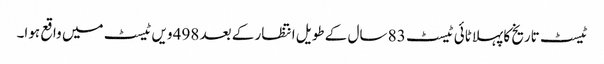
ٹیسٹ تاریخ کا پہلا ٹائی ٹیسٹ 83 سال کے طویل انتظار کے بعد 498 ویں ٹیسٹ میں واقع ہوا۔